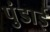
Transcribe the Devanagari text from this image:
पुंडाई